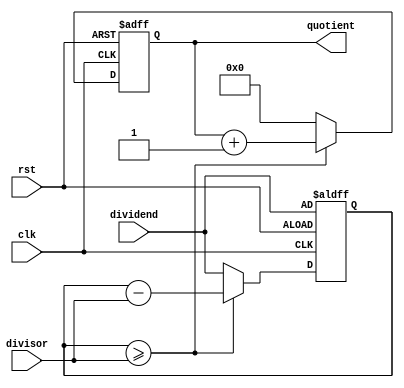
module Counter_Based_Divider (
  input wire clk,
  input wire rst,
  input wire [7:0] dividend,
  input wire [7:0] divisor,
  output reg [7:0] quotient
);

reg [7:0] remainder;
reg [3:0] count;

always @(posedge clk or posedge rst) begin
  if (rst) begin
    quotient <= 8'b0;
    remainder <= dividend;
    count <= 4'b0;
  end else begin
    if (remainder >= divisor) begin
      remainder <= remainder - divisor;
      quotient <= quotient + 1;
    end else begin
      count <= count + 1;
      remainder <= dividend;
      quotient <= 8'b0;
    end
  end
end

endmodule